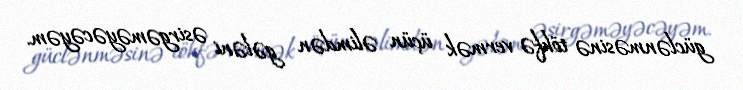
güclənməsinə töhfə vermək üçün əlimdən gələni əsirgəməyəcəyəm.